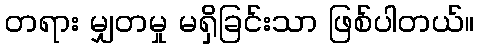
တရား မျှတမှု မရှိခြင်းသာ ဖြစ်ပါတယ်။